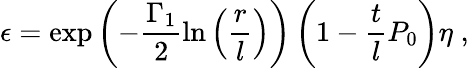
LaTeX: \epsilon=\exp\left(-\frac{\Gamma_{1}}{2}\ln\left(\frac{r}{l}\right)\right)\left(1-\frac{t}{l}P_{0}\right)\eta\; ,